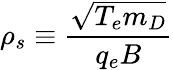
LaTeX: \rho_{s}\equiv\frac{\sqrt{T_{e}m_{D}}}{q_{e}B}